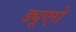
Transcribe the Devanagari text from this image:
ड्यूएरो